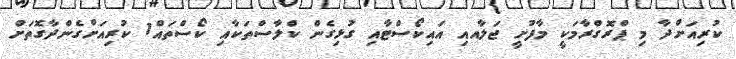
ކުރިއަށްްދާ މި ޕްރޮގްރާމަކީ މާފުށީ ޖަލާއއި އައިކޯސްޓާއި ގުޅިގެން ކްލާސްތަކާއި ކޯސްތައް1 ކުރިއަށްގެންދާގޮތަށް